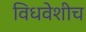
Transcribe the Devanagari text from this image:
विधवेशीच